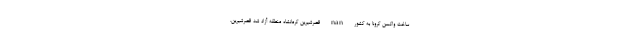
ساخت واکسن کرونا به کشور nan قصرشیرین کرمانشاه منطقه آزاد شد قصرشیرین،